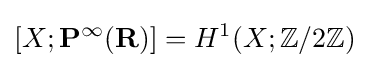
\left[X;\mathbf {P} ^{\infty }(\mathbf {R} )\right]=H^{1}(X;\mathbb {Z} /2\mathbb {Z} )